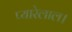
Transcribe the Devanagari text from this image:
प्यारेलाल।